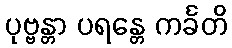
ပုဗ္ဗန္တာ ပရန္တေ ကင်္ခတိ